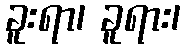
ခူးရာ၊ ခူရား၊